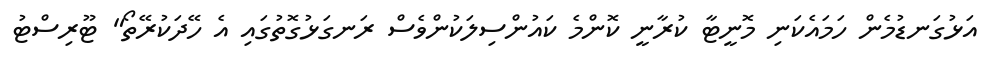
އަޅުގަނޑުމެން ހަމައެކަނި މޮނީޓާ ކުރާނީ ކޮންމެ ކައުންސިލަކުންވެސް ރަނގަޅުގޮތުގައި އެ ހޭދަކުރޭތޯ" ޓޫރިސްޓު